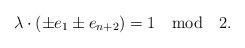
LaTeX: \begin{align*}\lambda\cdot(\pm e_1\pm e_{n+2})=1\quad \mbox{mod} \quad 2.\end{align*}